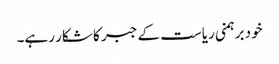
خود برہمنی ریاست کے جبر کا شکار رہے۔